King Institute of Preventive Medicine Micro-Biological Section reports 1912-19
Year: 1912
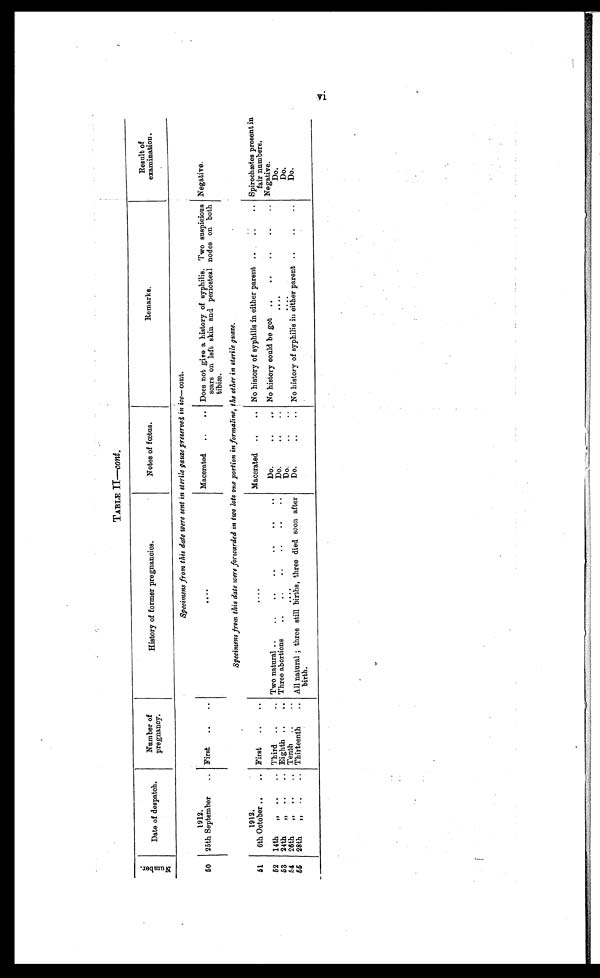
TABLE II— cont.
N u m b e r .
Date of despatch.
Number of
pregnancy.
History of former pregnancies.
Notes of fœtus.
Remarks.
Result of
examination.
Specimens from this date were sent in sterile gauze preserved in ice— cont.
50
1912.
25th September . . . First . . .
. . .
Macerated . . . Does not give a history of syphilis. Two suspieious
scars on left skin and periosteal nodes on both
tibiæ.
Negative.
Specimens from this date were forwarded in two lots one portion in formaline, the other in sterile guaze.
51
1912.
6th October . . . First . . .
. . .
Macerated . . . No history of syphilis in either parent . . . Spirochætes present in
fair numbers.
52
14th " . . .
Third . . . Two natural . . .
Do. . . . No history could be got . . . Negative.
53
24th " . . .
Eighth . . . Three abortions . . .
Do. . . .
. . .
D o .
54
26th " . . .
Tenth . . .
. . .
D o . . . .
. . .
D o .
55
28th " . . .
Thirteenth. . . All natural; three still births, three died soon after
birth.
Do. . . . No history of syphilis in either parent . . .
Do.